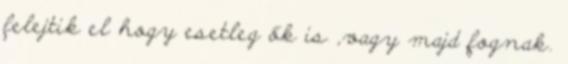
felejtik el hogy esetleg ők is ,vagy majd fognak.